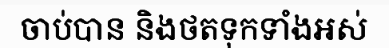
ចាប់បាន និងថតទុកទាំងអស់